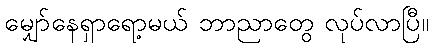
မျှော်နေရှာရော့မယ် ဘာညာတွေ လုပ်လာပြီ။